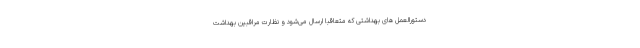
دستورالعمل های بهداشتی که متعاقبا ارسال می‌شود و نظارت مراقبین بهداشت